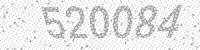
Solution: 520084